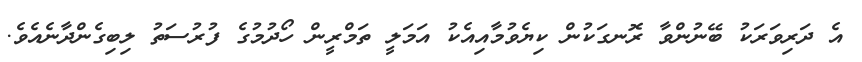
އެ ދަރިވަރަކު ބޭނުންވާ ރޮނގަކުން ކިޔެވުމާއިއެކު އަމަލީ ތަމްރީން ހޯދުމުގެ ފުރުސަތު ލިބިގެންދާނެއެވެ.